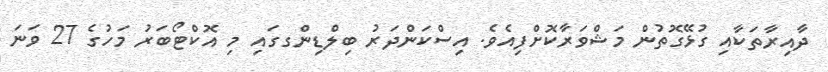
ދާއިރާތަކާއި ގުޅޭގޮތުން މަޝްވަރާކޮށްފިއެވެ. އިސްކަންދަރު ބިލްޑިންގގައި މި އޮކްޓޯބަރު މަހުގެ 27 ވަނަ